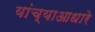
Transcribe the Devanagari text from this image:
यांच्याआधारे